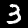
Label: 3